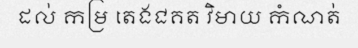
ដល់ កម្រ តេងជគត វិមាយ កំណត់